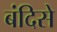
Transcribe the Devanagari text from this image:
बंदिसे